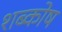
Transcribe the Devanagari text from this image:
शब्कोष